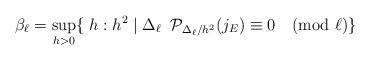
LaTeX: \begin{align*} \beta_\ell = \sup_{h > 0} \{ \; h : h^2 \mid \Delta_\ell \; \; \mathcal{P}_{\Delta_\ell/h^2}(j_E) \equiv 0 \pmod{\ell} \}\end{align*}